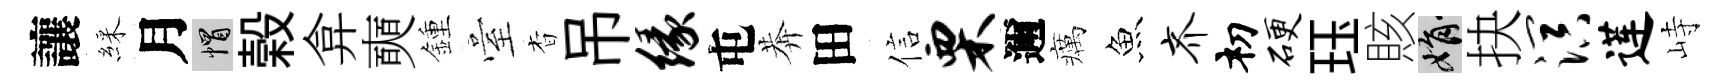
讓綵月帽榖弇奭鍾臺杳吊缘屯莾田信栗邇癘魚齐𥘉硬珏賅娟抉溟莲峙